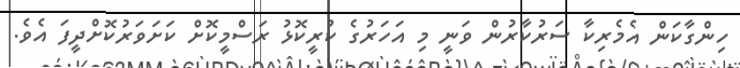
ހިންގާކަން އެމެރިކާ ސަރުކާރުން ވަނީ މި އަހަރުގެ ކުރީކޮޅު ރަސްމީކޮށް ކަށަވަރުކޮށްދީފަ އެވެ.